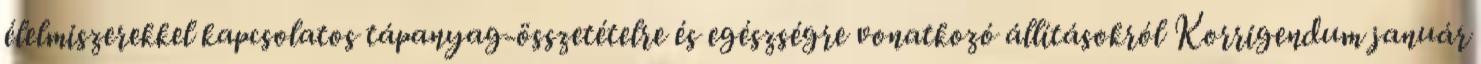
élelmiszerekkel kapcsolatos tápanyag-összetételre és egészségre vonatkozó állításokról Korrigendum január